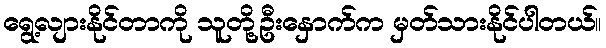
ရွေ့လျားနိုင်တာကို သူတို့ဦးနှောက်က မှတ်သားနိုင်ပါတယ်။